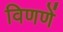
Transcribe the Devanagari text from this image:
विणणें